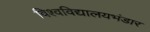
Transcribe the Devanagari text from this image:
विश्वविद्यालयभंडार